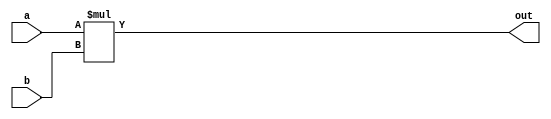
module multipliermod(a, b, out);

input [4:0] a;

input [4:0] b;

output [9:0] out;

assign out=(a*b);

endmodule